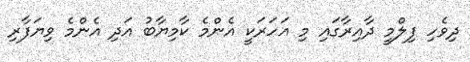
ދިވެހި ފިލްމީ ދާއިރާގައި މި އަހަރަކީ އެންމެ ކާމިޔާބު އަދި އެންމެ ވިޔަފާރި